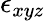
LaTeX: \epsilon_{xyz}